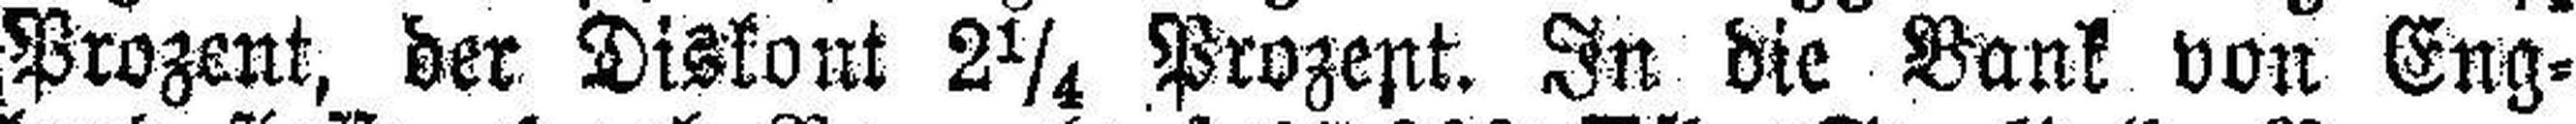
Prozent, der Diskont 2¼ Prozent. In die Bank von Eng¬